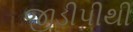
જીડીપીથી